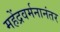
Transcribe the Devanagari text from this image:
महेंद्रवर्मनानंतर